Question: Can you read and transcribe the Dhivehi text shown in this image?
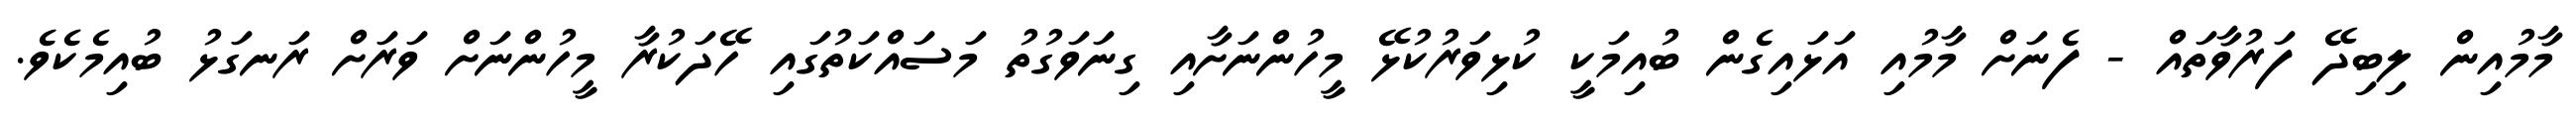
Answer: މާމުއިން ލިބިދޭ ފަރުވާތައް - ފެނަށް މާމުއި އަޅައިގެން ބުއިމަކީ ކުޅިވަރުކުޅޭ މީހުންނަށާއި ގިނަވަގުތު މަސައްކަތުގައި ހޭދަކުރާ މީހުންނަށް ވަރަށް ރަނގަޅު ބުއިމެކެވެ.